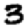
Digit: 3